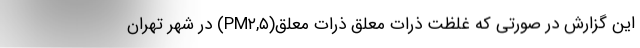
این گزارش در صورتی که غلظت ذرات معلق ذرات معلق(PM۲,۵) در شهر تهران